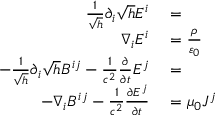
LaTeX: \begin{array} { r l r } { { \frac { 1 } { \sqrt { h } } } \partial _ { i } { \sqrt { h } } E ^ { i } } & { { } = } \\ { \nabla _ { i } E ^ { i } } & { { } = { \frac { \rho } { \varepsilon _ { 0 } } } } \\ { - { \frac { 1 } { \sqrt { h } } } \partial _ { i } { \sqrt { h } } B ^ { i j } - { \frac { 1 } { c ^ { 2 } } } { \frac { \partial } { \partial t } } E ^ { j } } & { { } = } & { } \\ { - \nabla _ { i } B ^ { i j } - { \frac { 1 } { c ^ { 2 } } } { \frac { \partial E ^ { j } } { \partial t } } } & { { } = \mu _ { 0 } J ^ { j } } \end{array}